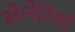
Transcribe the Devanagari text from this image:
सेलेरियो